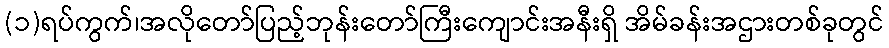
(၁)ရပ်ကွက်၊အလိုတော်ပြည့်ဘုန်းတော်ကြီးကျောင်းအနီးရှိ အိမ်ခန်းအဌားတစ်ခုတွင်